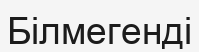
Білмегенді